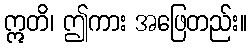
ဣတိ၊ ဤကား အဖြေတည်း။